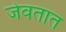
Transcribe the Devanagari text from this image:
जेवतात